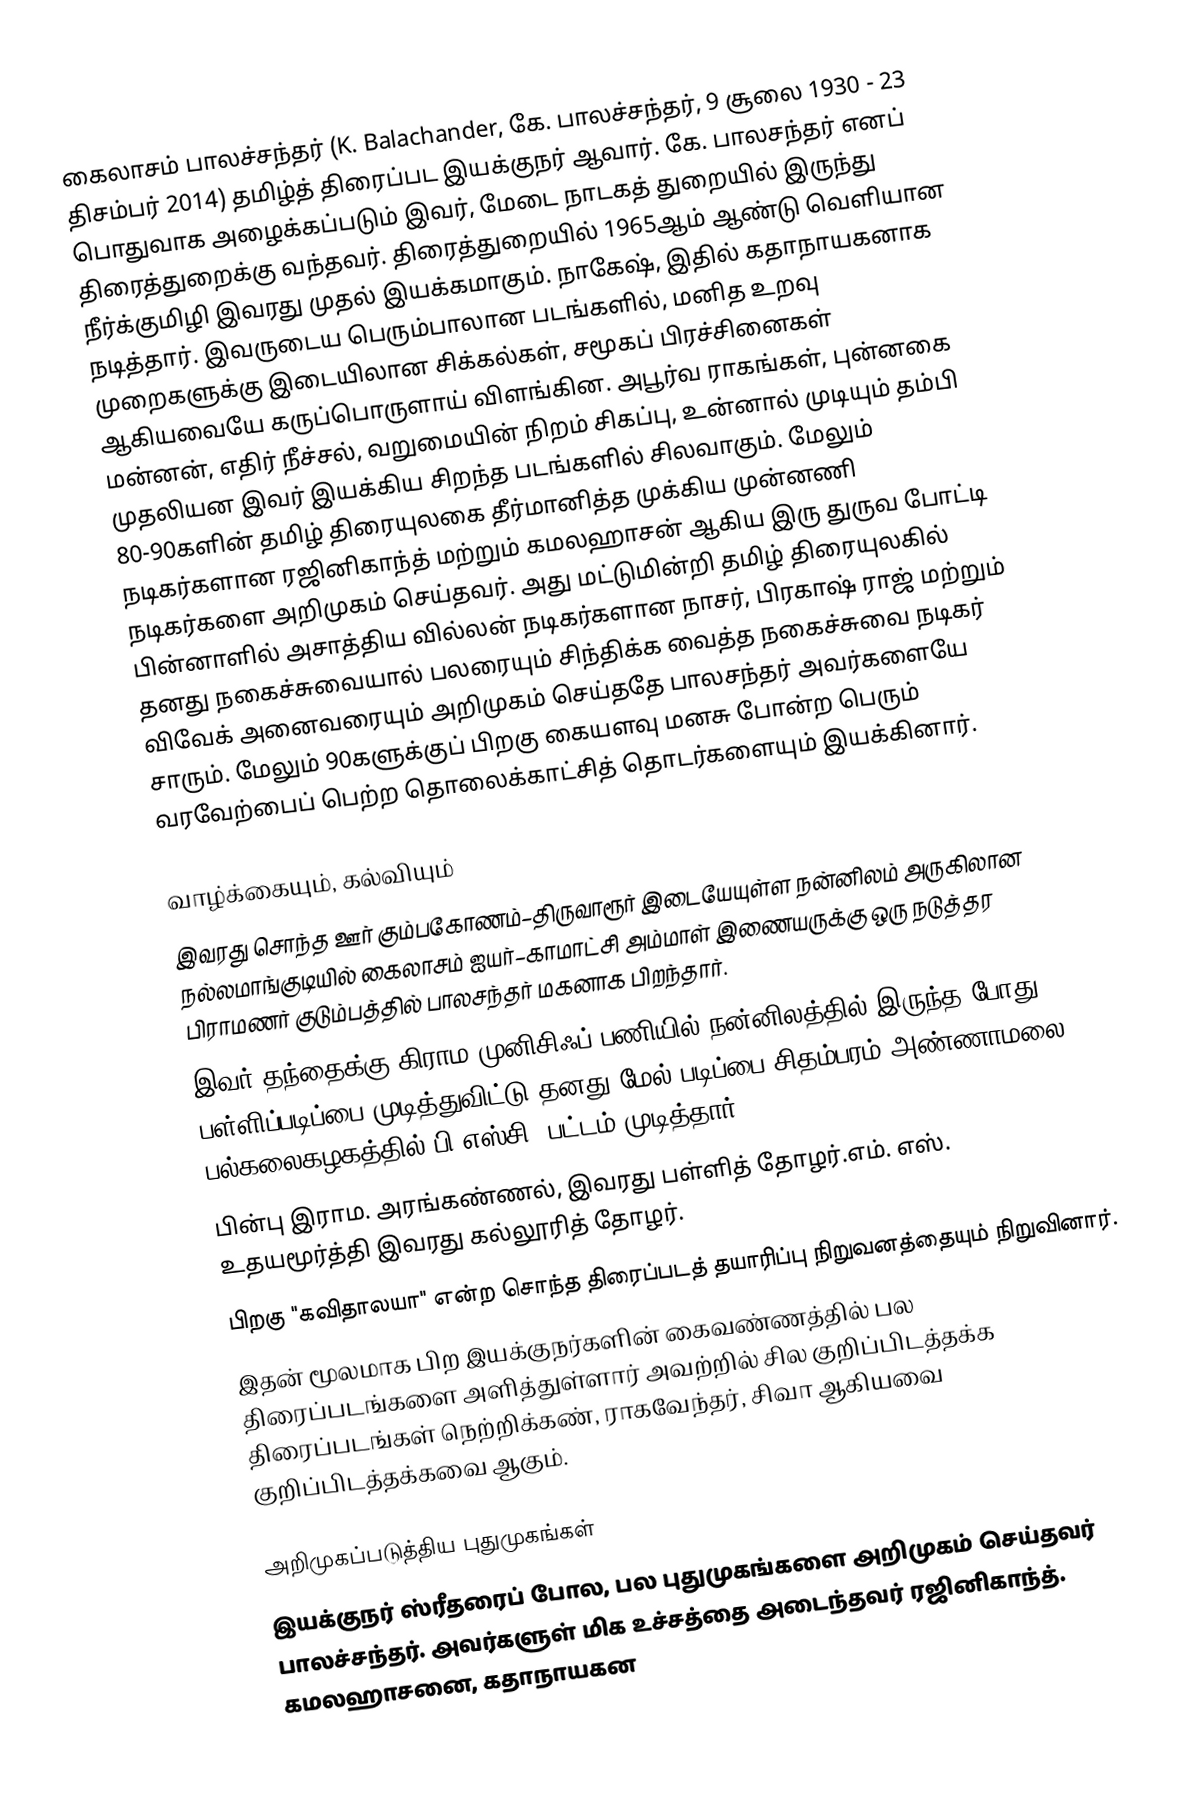
கைலாசம் பாலச்சந்தர் (K. Balachander, கே. பாலச்சந்தர், 9 சூலை 1930 - 23 திசம்பர் 2014) தமிழ்த் திரைப்பட இயக்குநர் ஆவார். கே. பாலசந்தர் எனப் பொதுவாக அழைக்கப்படும் இவர், மேடை நாடகத் துறையில் இருந்து திரைத்துறைக்கு வந்தவர். திரைத்துறையில் 1965ஆம் ஆண்டு வெளியான நீர்க்குமிழி இவரது முதல் இயக்கமாகும். நாகேஷ், இதில் கதாநாயகனாக நடித்தார். இவருடைய பெரும்பாலான படங்களில், மனித உறவு முறைகளுக்கு இடையிலான சிக்கல்கள், சமூகப் பிரச்சினைகள் ஆகியவையே கருப்பொருளாய் விளங்கின. அபூர்வ ராகங்கள், புன்னகை மன்னன், எதிர் நீச்சல், வறுமையின் நிறம் சிகப்பு, உன்னால் முடியும் தம்பி முதலியன இவர் இயக்கிய சிறந்த படங்களில் சிலவாகும். மேலும் 80-90களின் தமிழ் திரையுலகை தீர்மானித்த முக்கிய முன்னணி நடிகர்களான ரஜினிகாந்த் மற்றும் கமலஹாசன் ஆகிய இரு துருவ போட்டி நடிகர்களை அறிமுகம் செய்தவர். அது மட்டுமின்றி தமிழ் திரையுலகில் பின்னாளில் அசாத்திய வில்லன் நடிகர்களான நாசர், பிரகாஷ் ராஜ் மற்றும் தனது நகைச்சுவையால் பலரையும் சிந்திக்க வைத்த நகைச்சுவை நடிகர் விவேக் அனைவரையும் அறிமுகம் செய்ததே பாலசந்தர் அவர்களையே சாரும். மேலும் 90களுக்குப் பிறகு கையளவு மனசு போன்ற பெரும் வரவேற்பைப் பெற்ற தொலைக்காட்சித் தொடர்களையும் இயக்கினார்.

வாழ்க்கையும், கல்வியும்
 இவரது சொந்த ஊர் கும்பகோணம்–திருவாரூர் இடையேயுள்ள நன்னிலம் அருகிலான நல்லமாங்குடியில் கைலாசம் ஐயர்–காமாட்சி அம்மாள் இணையருக்கு ஒரு நடுத்தர பிராமணர் குடும்பத்தில் பாலசந்தர் மகனாக பிறந்தார்.
 இவர் தந்தைக்கு கிராம முனிசிஃப் பணியில் நன்னிலத்தில் இருந்த போது பள்ளிப்படிப்பை முடித்துவிட்டு தனது மேல் படிப்பை சிதம்பரம் அண்ணாமலை பல்கலைகழகத்தில் பி.எஸ்சி. பட்டம் முடித்தார்.
 பின்பு இராம. அரங்கண்ணல், இவரது பள்ளித் தோழர்.எம். எஸ். உதயமூர்த்தி இவரது கல்லூரித் தோழர்.
 பிறகு "கவிதாலயா" என்ற சொந்த திரைப்படத் தயாரிப்பு நிறுவனத்தையும் நிறுவினார்.
 இதன் மூலமாக பிற இயக்குநர்களின் கைவண்ணத்தில் பல திரைப்படங்களை அளித்துள்ளார் அவற்றில் சில குறிப்பிடத்தக்க திரைப்படங்கள் நெற்றிக்கண், ராகவேந்தர், சிவா ஆகியவை குறிப்பிடத்தக்கவை ஆகும்.

அறிமுகப்படுத்திய புதுமுகங்கள்
இயக்குநர் ஸ்ரீதரைப் போல, பல புதுமுகங்களை அறிமுகம் செய்தவர் பாலச்சந்தர். அவர்களுள் மிக உச்சத்தை அடைந்தவர் ரஜினிகாந்த். கமலஹாசனை, கதாநாயகன